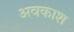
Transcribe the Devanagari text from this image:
अवकाश्‍ा